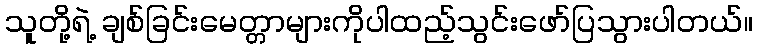
သူတို့ရဲ့ ချစ်ခြင်းမေတ္တာများကိုပါထည့်သွင်းဖော်ပြသွားပါတယ်။